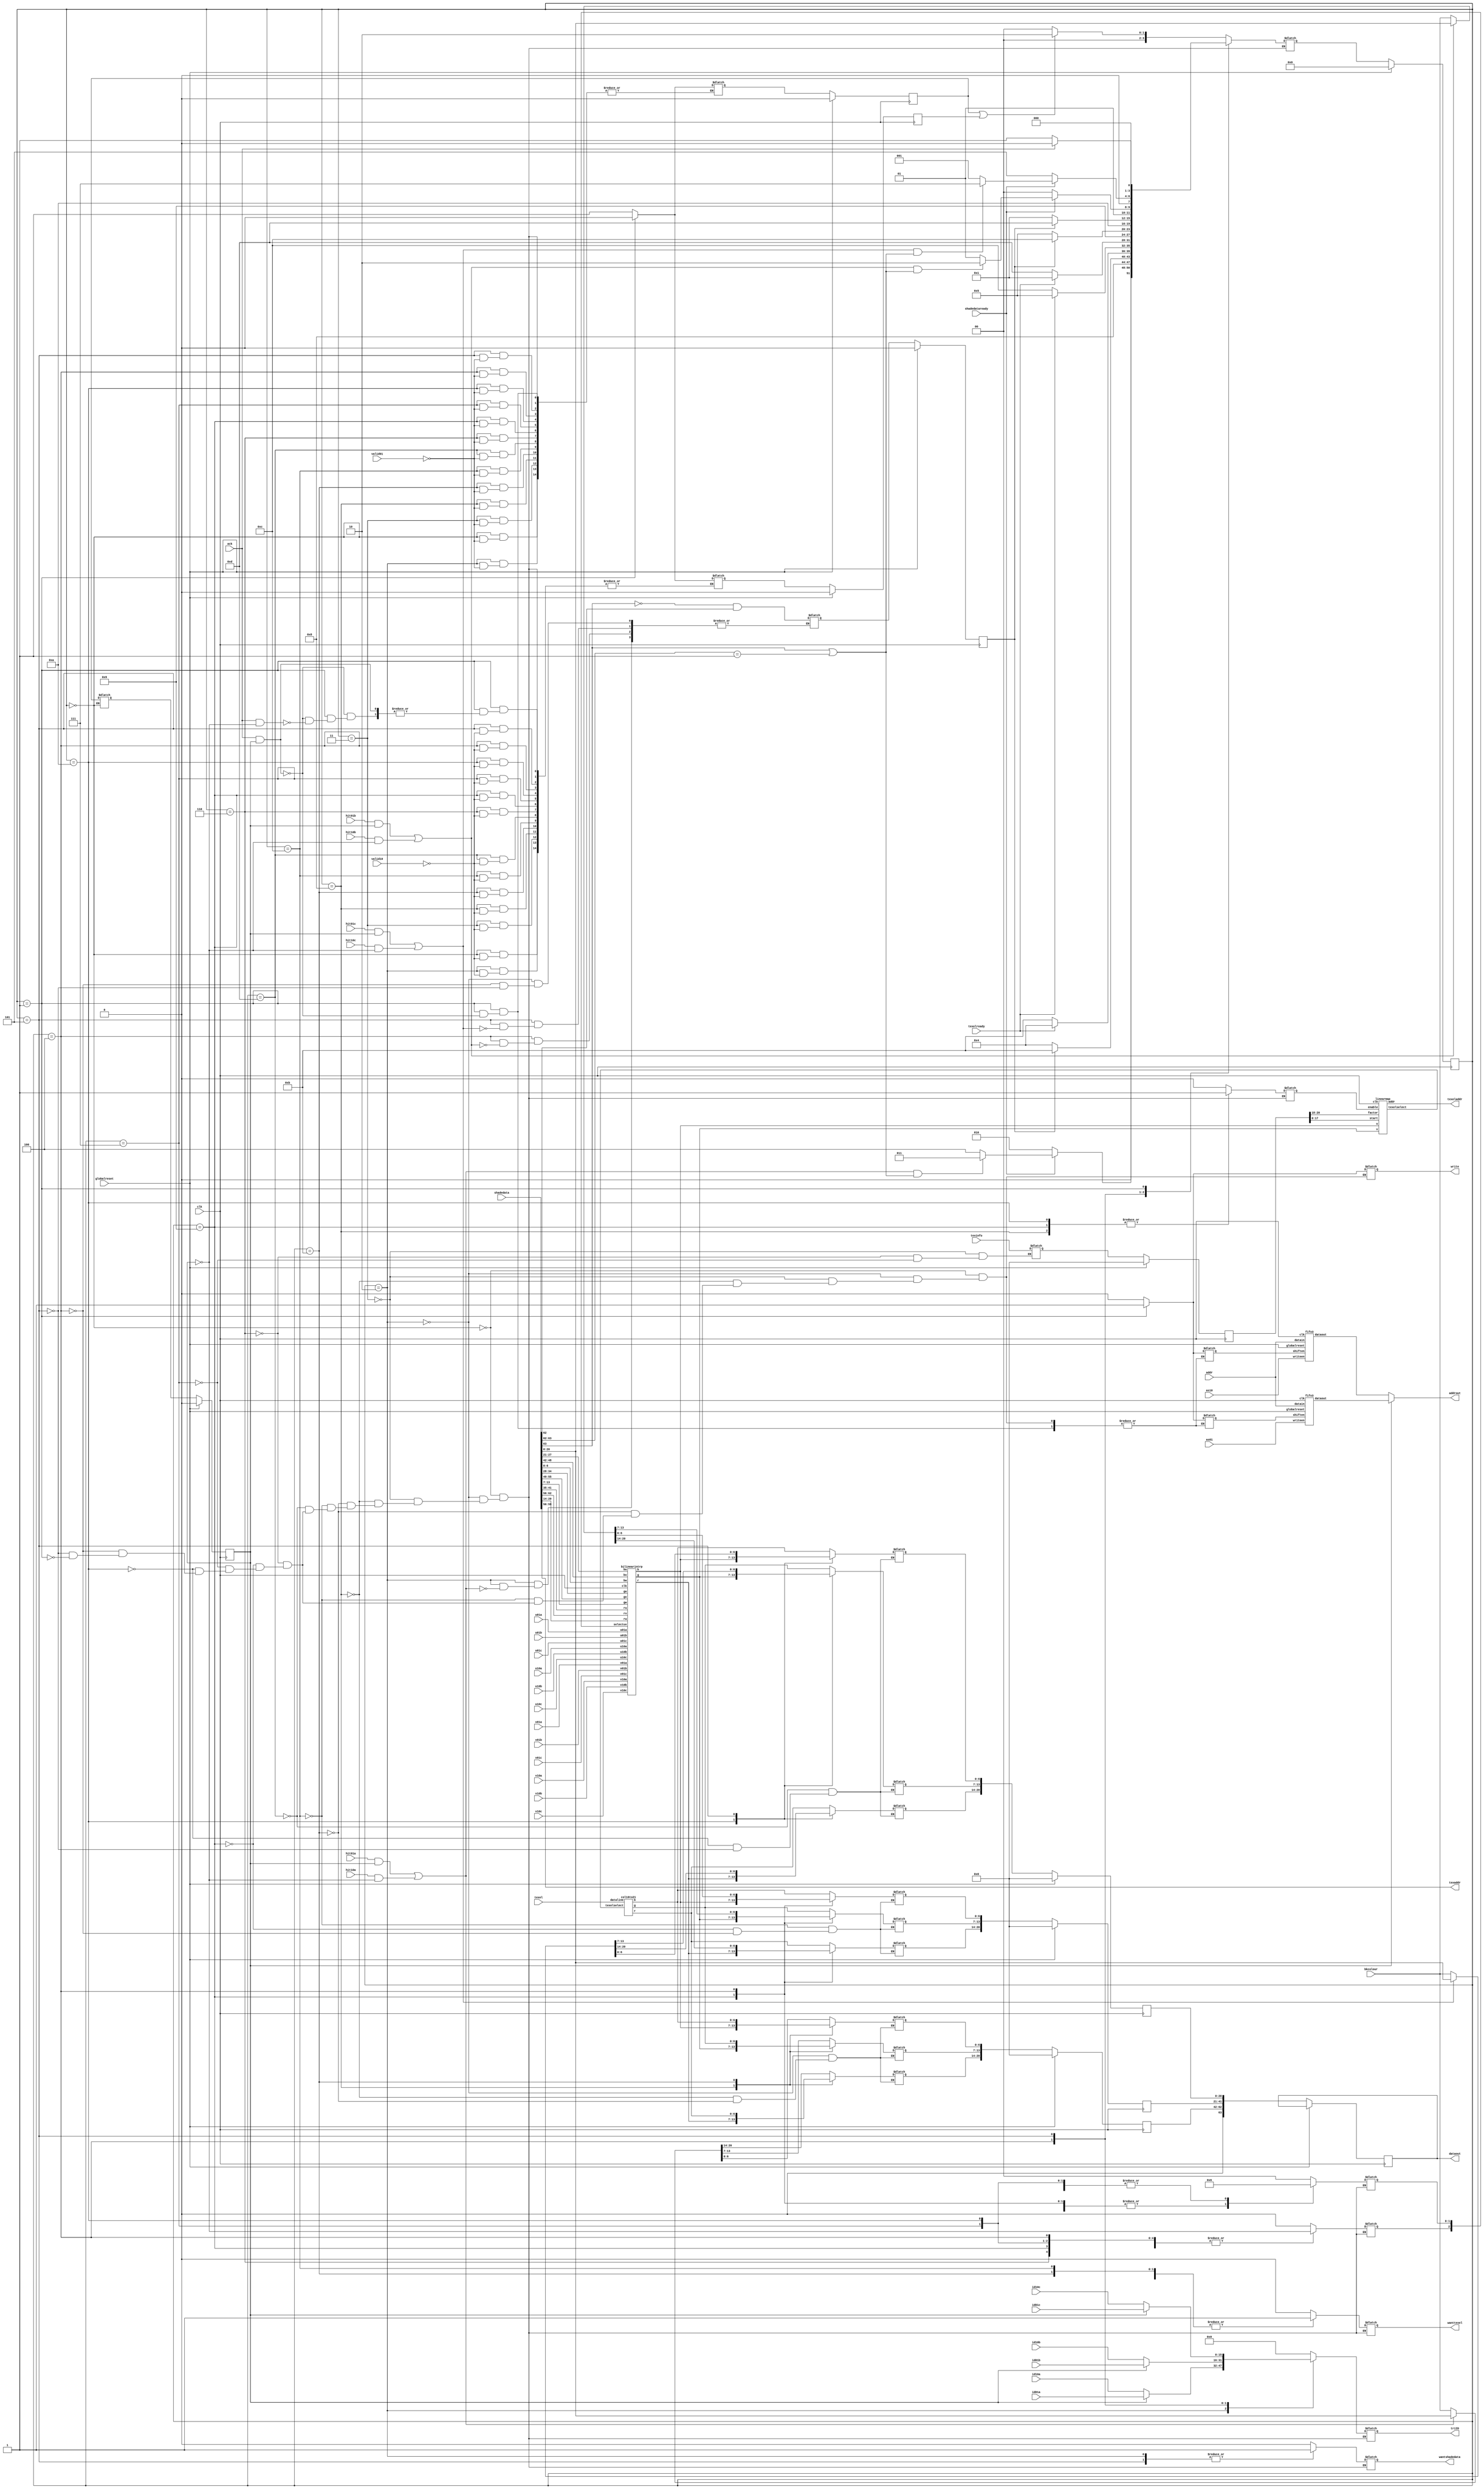
`define SIMULATION_MEMORY

 module resultwriter (valid01, valid10, id01a, id01b, id01c, id10a, id10b, id10c, hit01a, hit01b, hit01c, hit10a, hit10b, hit10c, u01a, u01b, u01c, v01a, v01b, v01c, u10a, u10b, u10c, v10a, v10b, v10c, addr, as01, as10, bkcolour, shadedata, triID, wantshadedata, shadedataready, texinfo, texaddr, texeladdr, texel, wanttexel, texelready, dataout, addrout, write, ack, globalreset, clk);

    input valid01; 
    input valid10; 
    input[15:0] id01a; 
    input[15:0] id01b; 
    input[15:0] id01c; 
    input[15:0] id10a; 
    input[15:0] id10b; 
    input[15:0] id10c; 

    input hit01a; 
    input hit01b; 
    input hit01c; 
    input hit10a; 
    input hit10b; 
    input hit10c; 
    input[7:0] u01a; 
    input[7:0] u01b; 
    input[7:0] u01c; 
    input[7:0] v01a; 
    input[7:0] v01b; 
    input[7:0] v01c; 

    input[7:0] u10a; 
    input[7:0] u10b; 
    input[7:0] u10c; 
    input[7:0] v10a; 
    input[7:0] v10b; 
    input[7:0] v10c; 
    input[17:0] addr; 
    input as01; 
    input as10; 
    input[20:0] bkcolour; 
    input[63:0] shadedata; 
    output[15:0] triID; 

    reg[15:0] triID;
    output wantshadedata; 
    reg wantshadedata;
    input shadedataready; 
    input[20:0] texinfo; 
    output[3:0] texaddr; 
    wire[3:0] texaddr;
    output[17:0] texeladdr; 
    wire[17:0] texeladdr;
    input[63:0] texel; 
    output wanttexel; 
    reg wanttexel;

    input texelready; 
    output[63:0] dataout; 
    // PAJ see lower note wire[63:0] dataout;
    reg[63:0] dataout;
    output[17:0] addrout; 
    wire[17:0] addrout;
    output write; 
    wire write;
    reg temp_write;
    input ack; 
    input globalreset; 
    input clk; 

    reg[3:0] state; 
    reg[3:0] next_state; 
    reg pending01; 
    reg pending10; 
    reg process01; 
    wire[17:0] addrout01; 
    wire[17:0] addrout10; 
    wire shiften01; 
    wire shiften10; 
    reg temp_shiften01; 
    reg temp_shiften10; 
    reg[20:0] shadedataa; 
    reg[20:0] shadedatab; 
    reg[20:0] shadedatac; 
    wire hita; 
    wire hitb; 
    wire hitc; 

    reg[2:0] selectuv; 
    wire[6:0] blr; 
    wire[6:0] blg; 
    wire[6:0] blb; 
    reg texmap; 
    reg lmenable; 
    wire[1:0] texelselect; 
    wire[6:0] texelr; 
    wire[6:0] texelg; 
    wire[6:0] texelb; 
    reg[20:0] texinfol; 

    reg temp_pending01; 
    reg temp_pending10; 
    reg temp_process01; 
    reg temp_texmap; 
    reg[20:0] temp_texinfol; 
    reg[20:0] temp_shadedataa; 
    reg[20:0] temp_shadedatab; 
    reg[20:0] temp_shadedatac; 

    col16to21 col16to21inst (texel, texelselect, texelr, texelg, texelb); 
    linearmap linearmapinst (blb, blg, texinfol[17:0], texeladdr, texelselect, texinfol[20:18], lmenable, clk); 
    bilinearintrp bilinearimp (u01a, u01b, u01c, v01a, v01b, v01c, u10a, u10b, u10c, v10a, v10b, v10c, selectuv, shadedata[41:35], shadedata[62:56], shadedata[20:14], shadedata[34:28], shadedata[55:49], shadedata[13:7], shadedata[27:21], shadedata[48:42], shadedata[6:0], blr, blg, blb, clk); 
    fifo3 fifo3insta (addr, as01, addrout01, shiften01, globalreset, clk); 
    fifo3 fifo3instb (addr, as10, addrout10, shiften10, globalreset, clk); 
    assign hita = (hit01a & process01) | (hit10a & ~process01) ;
    assign hitb = (hit01b & process01) | (hit10b & ~process01) ;
    assign hitc = (hit01c & process01) | (hit10c & ~process01) ;
    assign texaddr = shadedata[59:56] ;
    assign shiften01 = temp_shiften01;
    assign shiften10 = temp_shiften10;
    assign write = temp_write;


    always @(posedge clk)
    begin
       if (globalreset == 1'b1)
       begin
          state <= 0 ; 
          pending01 <= 1'b0 ; 
          pending10 <= 1'b0 ; 
          shadedataa <= 0;
          shadedatab <= 0;
          shadedatac <= 0;
          process01 <= 1'b0 ; 
          texmap <= 1'b0 ; 

          texinfol <= 0;
       end
       else
       begin
          state <= next_state ; 

process01 <= temp_process01;
pending01 <= temp_pending01;
pending10 <= temp_pending10;
texmap <= temp_texmap;
texinfol <= temp_texinfol;
shadedataa <= temp_shadedataa;
shadedatab <= temp_shadedatab;
shadedatac <= temp_shadedatac;

    dataout <= {1'b0, 
					shadedataa[20],
					shadedataa[19],
					shadedataa[18],
					shadedataa[17],
					shadedataa[16],
					shadedataa[15],
					shadedataa[14],
					shadedataa[13],
					shadedataa[12],
					shadedataa[11],
					shadedataa[10],
					shadedataa[9],
					shadedataa[8],
					shadedataa[7],
					shadedataa[6],
					shadedataa[5],
					shadedataa[4],
					shadedataa[3],
					shadedataa[2],
					shadedataa[1],
					shadedataa[0],
					shadedatab[20],
					shadedatab[19],
					shadedatab[18],
					shadedatab[17],
					shadedatab[16],
					shadedatab[15],
					shadedatab[14],
					shadedatab[13],
					shadedatab[12],
					shadedatab[11],
					shadedatab[10],
					shadedatab[9],
					shadedatab[8],
					shadedatab[7],
					shadedatab[6],
					shadedatab[5],
					shadedatab[4],
					shadedatab[3],
					shadedatab[2],
					shadedatab[1],
					shadedatab[0],
					shadedatac[20],
					shadedatac[19],
					shadedatac[18],
					shadedatac[17],
					shadedatac[16],
					shadedatac[15],
					shadedatac[14],
					shadedatac[13],
					shadedatac[12],
					shadedatac[11],
					shadedatac[10],
					shadedatac[9],
					shadedatac[8],
					shadedatac[7],
					shadedatac[6],
					shadedatac[5],
					shadedatac[4],
					shadedatac[3],
					shadedatac[2],
					shadedatac[1],
					shadedatac[0]} ;
       end 
//    end 
// PAJ used to be assign, but weird error, so added as register   assign dataout = {1'b0, 
    end 
    assign addrout = (process01 == 1'b1) ? addrout01 : addrout10 ;

    always @(state or process01 or pending10 or ack or shadedataready or id01a or 
             id01b or id01c or id10a or id10b or id10c or selectuv or hita or 
             hitb or hitc or shadedata or pending01 or texmap or texelready)
    begin
       case (state)
          0 :
                   begin
				       wantshadedata = 1'b0 ; 
   				       triID = 0;
				       selectuv = 0;
				       lmenable = 1'b0 ; 
				       wanttexel = 1'b0 ; 
                      if (pending01 == 1'b1 | pending10 == 1'b1)
                      begin
                         next_state = 2 ; 
                      end
                      else

                      begin
                         next_state = 0 ; 
                      end 
	          if (valid01 == 1'b1)
				          begin
				             temp_pending01 = 1'b1 ; 
				          end 
				          if (valid10 == 1'b1)
				          begin
				             temp_pending10 = 1'b1 ; 
				          end 
                         temp_process01 = pending01 ; 

							temp_shiften01 = 1'b0;
							temp_shiften10 = 1'b0;
					    	temp_write = 1'b0;
                   end
          2 :
                   begin
				       lmenable = 1'b0 ; 
				       wanttexel = 1'b0 ; 
                      wantshadedata = 1'b1 ; 
                      selectuv[2] = ~process01 ; 
                      selectuv[1:0] = 2'b00 ; 
                      if (process01 == 1'b1)
                      begin
                         triID = id01a ; 

                      end
                      else
                      begin
                         triID = id10a ; 
                      end 
                      if (shadedataready == 1'b1)
                      begin
                         if (hita == 1'b1 & ((shadedata[63]) == 1'b1 | shadedata[63:62] == 2'b01))
                         begin
                            next_state = 3 ; 
                         end
                         else

                         begin
                            next_state = 4 ; 
                         end 
                      end
                      else
                      begin
                         next_state = 2 ; 
                      end 

	          if (valid01 == 1'b1)
				          begin
				             temp_pending01 = 1'b1 ; 
				          end 
				          if (valid10 == 1'b1)
				          begin
				             temp_pending10 = 1'b1 ; 
				          end 

                         if (hita == 1'b1)
                         begin
                            temp_shadedataa = shadedata[20:0] ; 
                            temp_texmap = (~shadedata[63]) & shadedata[62] ; 
                         end
                         else
                         begin
                            temp_shadedataa = bkcolour ; 
                         end 

							temp_shiften01 = 1'b0;
							temp_shiften10 = 1'b0;
					    	temp_write = 1'b0;
                   end
          3 :
                   begin
				       wantshadedata = 1'b0 ; 
   				       triID = 0;
				       lmenable = 1'b0 ; 
				       wanttexel = 1'b0 ; 
                      selectuv[2] = ~process01 ; 

                      selectuv[1:0] = 2'b00 ; 
                      next_state = 8 ; 

	          if (valid01 == 1'b1)
				          begin
				             temp_pending01 = 1'b1 ; 
				          end 
				          if (valid10 == 1'b1)
				          begin
				             temp_pending10 = 1'b1 ; 
				          end 
                         temp_texinfol = texinfo ; 

							temp_shiften01 = 1'b0;
							temp_shiften10 = 1'b0;
					    	temp_write = 1'b0;

                   end
          8 :
                   begin
				       wantshadedata = 1'b0 ; 
   				       triID = 0;
				       wanttexel = 1'b0 ; 
                      selectuv[2] = ~process01 ; 
                      selectuv[1:0] = 2'b00 ; 
                      lmenable = 1'b1 ; 
                      if (texmap == 1'b1)
                      begin

                         next_state = 11 ; 
                      end
                      else
                      begin
                         next_state = 4 ; 
                      end 

	          if (valid01 == 1'b1)
				          begin
				             temp_pending01 = 1'b1 ; 
				          end 
				          if (valid10 == 1'b1)
				          begin
				             temp_pending10 = 1'b1 ; 
				          end 
                         temp_shadedataa[6:0] = blb ; 
                         temp_shadedataa[13:7] = blg ; 
                         temp_shadedataa[20:14] = blr ; 

							temp_shiften01 = 1'b0;
							temp_shiften10 = 1'b0;
					    	temp_write = 1'b0;
                   end
          11 :
                   begin
				       wantshadedata = 1'b0 ; 
   				       triID = 0;
				       selectuv = 0;
				       lmenable = 1'b0 ; 

                      wanttexel = 1'b1 ; 
                      if (texelready == 1'b1)
                      begin
                         next_state = 4 ; 
                      end
                      else
                      begin
                         next_state = 11 ; 
                      end 

	          if (valid01 == 1'b1)
				          begin
				             temp_pending01 = 1'b1 ; 
				          end 
				          if (valid10 == 1'b1)
				          begin
				             temp_pending10 = 1'b1 ; 
				          end 

                         temp_shadedataa[6:0] = texelb ; 
                         temp_shadedataa[13:7] = texelg ; 
                         temp_shadedataa[20:14] = texelr ; 

							temp_shiften01 = 1'b0;
							temp_shiften10 = 1'b0;
					    	temp_write = 1'b0;
                   end
          12 :
                   begin
				       wantshadedata = 1'b0 ; 
   				       triID = 0;
				       selectuv = 0;
				       lmenable = 1'b0 ; 

                      wanttexel = 1'b1 ; 
                      if (texelready == 1'b1)
                      begin
                         next_state = 5 ; 
                      end
                      else
                      begin
                         next_state = 12 ; 
                      end 

	          if (valid01 == 1'b1)
				          begin
				             temp_pending01 = 1'b1 ; 
				          end 
				          if (valid10 == 1'b1)
				          begin
				             temp_pending10 = 1'b1 ; 
				          end 
                         temp_shadedatab[6:0] = texelb ; 
                         temp_shadedatab[13:7] = texelg ; 
                         temp_shadedatab[20:14] = texelr ; 

							temp_shiften01 = 1'b0;
							temp_shiften10 = 1'b0;
					    	temp_write = 1'b0;
                   end
          13 :
                   begin
				       wantshadedata = 1'b0 ; 
   				       triID = 0;
				       selectuv = 0;
				       lmenable = 1'b0 ; 

                      wanttexel = 1'b1 ; 
                      if (texelready == 1'b1)
                      begin
                         next_state = 1 ; 
                      end
                      else
                      begin
                         next_state = 13 ; 
                      end 

	          if (valid01 == 1'b1)
				          begin
				             temp_pending01 = 1'b1 ; 
				          end 
				          if (valid10 == 1'b1)
				          begin
				             temp_pending10 = 1'b1 ; 
				          end 

                         temp_shadedatac[6:0] = texelb ; 
                         temp_shadedatac[13:7] = texelg ; 
                         temp_shadedatac[20:14] = texelr ; 

                   end
          6 :
                   begin
				       wantshadedata = 1'b0 ; 
   				       triID = 0;
				       lmenable = 1'b0 ; 
				       wanttexel = 1'b0 ; 

                      selectuv[2] = ~process01 ; 
                      selectuv[1:0] = 2'b01 ; 
                      next_state = 9 ; 

	          if (valid01 == 1'b1)
				          begin
				             temp_pending01 = 1'b1 ; 
				          end 
				          if (valid10 == 1'b1)
				          begin
				             temp_pending10 = 1'b1 ; 
				          end 
                         temp_texinfol = texinfo ; 

							temp_shiften01 = 1'b0;
							temp_shiften10 = 1'b0;
					    	temp_write = 1'b0;
                   end
          9 :
                   begin
				       wantshadedata = 1'b0 ; 
   				       triID = 0;
				       wanttexel = 1'b0 ; 
                      selectuv[2] = ~process01 ; 
                      selectuv[1:0] = 2'b01 ; 
                      lmenable = 1'b1 ; 
                      if (texmap == 1'b1)
                      begin
                         next_state = 12 ; 

                      end
                      else
                      begin
                         next_state = 5 ; 
                      end 

	          if (valid01 == 1'b1)
				          begin
				             temp_pending01 = 1'b1 ; 
				          end 
				          if (valid10 == 1'b1)
				          begin
				             temp_pending10 = 1'b1 ; 
				          end 

                         temp_shadedatab[6:0] = blb ; 
                         temp_shadedatab[13:7] = blg ; 
                         temp_shadedatab[20:14] = blr ; 

							temp_shiften01 = 1'b0;
							temp_shiften10 = 1'b0;
					    	temp_write = 1'b0;
                   end
          7 :
                   begin
				       wantshadedata = 1'b0 ; 
   				       triID = 0;
				       lmenable = 1'b0 ; 
				       wanttexel = 1'b0 ; 
                      selectuv[2] = ~process01 ; 
                      selectuv[1:0] = 2'b10 ; 
                      next_state = 10 ; 

	          if (valid01 == 1'b1)
				          begin
				             temp_pending01 = 1'b1 ; 
				          end 
				          if (valid10 == 1'b1)
				          begin
				             temp_pending10 = 1'b1 ; 
				          end 
                         temp_texinfol = texinfo ; 

							temp_shiften01 = 1'b0;
							temp_shiften10 = 1'b0;
					    	temp_write = 1'b0;
                   end

          10 :
                   begin
				       wantshadedata = 1'b0 ; 
   				       triID = 0;
				       wanttexel = 1'b0 ; 
                      selectuv[2] = ~process01 ; 
                      selectuv[1:0] = 2'b10 ; 
                      if (texmap == 1'b1)
                      begin
                         next_state = 13 ; 
                      end
                      else
                      begin
                         next_state = 1 ; 
                      end 

                      lmenable = 1'b1 ; 

	          if (valid01 == 1'b1)
				          begin
				             temp_pending01 = 1'b1 ; 
				          end 
				          if (valid10 == 1'b1)
				          begin
				             temp_pending10 = 1'b1 ; 
				          end 
                         temp_shadedatac[6:0] = blb ; 
                         temp_shadedatac[13:7] = blg ; 
                         temp_shadedatac[20:14] = blr ; 

							temp_shiften01 = 1'b0;
							temp_shiften10 = 1'b0;
					    	temp_write = 1'b0;
                   end
          4 :
                   begin
				       wantshadedata = 1'b0 ; 
				       lmenable = 1'b0 ; 
				       wanttexel = 1'b0 ; 
                      selectuv[2] = ~process01 ; 
                      selectuv[1:0] = 2'b01 ; 
                      if (process01 == 1'b1)
                      begin
                         triID = id01b ; 
                      end
                      else
                      begin

                         triID = id10b ; 
                      end 
                      if (shadedataready == 1'b1)
                      begin
                         if (hitb == 1'b1 & ((shadedata[63]) == 1'b1 | shadedata[63:62] == 2'b01))
                         begin
                            next_state = 6 ; 
                         end
                         else
                         begin
                            next_state = 5 ; 
                         end 

                      end
                      else
                      begin
                         next_state = 4 ; 
                      end 

	          if (valid01 == 1'b1)
				          begin
				             temp_pending01 = 1'b1 ; 
				          end 
				          if (valid10 == 1'b1)
				          begin
				             temp_pending10 = 1'b1 ; 
				          end 

                         if (hitb == 1'b1)
                         begin
                            temp_shadedatab = shadedata[20:0] ; 
                            temp_texmap = (~shadedata[63]) & shadedata[62] ; 
                         end
                         else
                         begin
                            temp_shadedatab = bkcolour ; 
                         end 

							temp_shiften01 = 1'b0;
							temp_shiften10 = 1'b0;
					    	temp_write = 1'b0;
                   end
          5 :
                   begin
				       lmenable = 1'b0 ; 
				       wanttexel = 1'b0 ; 
                      wantshadedata = 1'b1 ; 
                      selectuv[2] = ~process01 ; 
                      selectuv[1:0] = 2'b10 ; 
                      if (process01 == 1'b1)

                      begin
                         triID = id01c ; 
                      end
                      else
                      begin
                         triID = id10c ; 
                      end 
                      if (shadedataready == 1'b1)
                      begin
                         if (hitc == 1'b1 & ((shadedata[63]) == 1'b1 | shadedata[63:62] == 2'b01))
                         begin
                            next_state = 7 ; 

                         end
                         else
                         begin
                            next_state = 1 ; 
                         end 
                      end
                      else
                      begin
                         next_state = 5 ; 
                      end 

	          if (valid01 == 1'b1)
				          begin
				             temp_pending01 = 1'b1 ; 
				          end 
				          if (valid10 == 1'b1)
				          begin
				             temp_pending10 = 1'b1 ; 
				          end 

                         if (hitc == 1'b1)
                          begin
                            temp_shadedatac = shadedata[20:0] ; 
                            temp_texmap = (~shadedata[63]) & shadedata[62] ; 
                         end
                         else
                         begin
                            temp_shadedatac = bkcolour ; 
                         end 

							temp_shiften01 = 1'b0;
							temp_shiften10 = 1'b0;
					    	temp_write = 1'b0;
                   end
          1 :

                   begin
				       wantshadedata = 1'b0 ; 
   				       triID = 0;
				       selectuv = 0;
				       lmenable = 1'b0 ; 
				       wanttexel = 1'b0 ; 
                      if (ack == 1'b1)
                      begin
                         next_state = 0 ; 
                      end
                      else
                      begin
                         next_state = 1 ; 
                      end 

                         if (ack == 1'b1 & process01 == 1'b1)
                         begin
                            temp_pending01 = 1'b0 ; 
                         end

                          else if (ack == 1'b1 & process01 == 1'b0)
                         begin
                            temp_pending10 = 1'b0 ; 
                         end 

    				if (process01 == 1'b1 &  ack == 1'b1)
						begin
							temp_shiften01 = 1'b1;
							temp_shiften10 = 1'b1;
						end
					    temp_write = 1'b1;
                   end
       endcase 
    end 
 endmodule
module fifo3 (datain, writeen, dataout, shiften, globalreset, clk);

    input[18 - 1:0] datain; 
    input writeen; 
    output[18 - 1:0] dataout; 
    wire[18 - 1:0] dataout;
    input shiften; 
    input globalreset; 
    input clk; 

    reg[18 - 1:0] data0; 
    reg[18 - 1:0] data1; 
    reg[18 - 1:0] data2; 

    reg[1:0] pos; 

    assign dataout = data0 ;

    always @(posedge clk)
    begin
       if (globalreset == 1'b1)
       begin
          pos <= 2'b00 ; 
          data0 <= 0 ; 
          data1 <= 0 ; 
          data2 <= 0 ; 
       end
       else
       begin
          if (writeen == 1'b1 & shiften == 1'b1)
          begin
             case (pos)
                2'b00 :
                         begin
                            data0 <= 0 ; 
                            data1 <= 0 ; 
                            data2 <= 0 ; 
                         end

                2'b01 :
                         begin
                            data0 <= datain ; 
                            data1 <= 0 ; 
                            data2 <= 0 ; 
                         end
                2'b10 :
                         begin
                            data0 <= data1 ; 
                            data1 <= datain ; 
                            data2 <= 0 ; 
                         end

                2'b11 :
                         begin
                            data0 <= data1 ; 
                            data1 <= data2 ; 
                            data2 <= datain ; 
                         end
             endcase 
          end
          else if (shiften == 1'b1)
          begin
             data0 <= data1 ; 
             data1 <= data2 ; 
             pos <= pos - 1 ; 
          end
          else if (writeen == 1'b1)
          begin
             case (pos)
                2'b00 :
                         begin
                            data0 <= datain ; 
                         end
                2'b01 :
    					begin
                            data1 <= datain ; 
                         end
                2'b10 :
                         begin
                            data2 <= datain ; 
                         end
             endcase 
             pos <= pos + 1 ; 
          end 
       end 
    end 
 endmodule
     module bilinearintrp (u01a, u01b, u01c, v01a, v01b, v01c, u10a, u10b, u10c, v10a, v10b, v10c, selectuv, ru, rv, rw, gu, gv, gw, bu, bv, bw, r, g, b, clk);

        input[7:0] u01a; 
        input[7:0] u01b; 
        input[7:0] u01c; 
        input[7:0] v01a; 
        input[7:0] v01b; 
        input[7:0] v01c; 
        input[7:0] u10a; 
        input[7:0] u10b; 
        input[7:0] u10c; 
        input[7:0] v10a; 
        input[7:0] v10b; 
        input[7:0] v10c; 
        input[2:0] selectuv; 
        input[6:0] ru; 
        input[6:0] rv; 
        input[6:0] rw; 
        input[6:0] gu; 
        input[6:0] gv; 
        input[6:0] gw; 
        input[6:0] bu; 
        input[6:0] bv; 
        input[6:0] bw; 
        output[6:0] r; 
        wire[6:0] r;
        output[6:0] g; 
        wire[6:0] g;
        output[6:0] b; 
        wire[6:0] b;
        input clk; 

        reg[7:0] u; 
        reg[7:0] v; 
        reg[7:0] ul; 
        reg[7:0] vl; 
        reg[7:0] wl; 
        reg[14:0] i1b; 
        reg[14:0] i2b; 
        reg[14:0] i3b; 
        reg[14:0] i1g; 
        reg[14:0] i2g; 
        reg[14:0] i3g; 
        reg[14:0] i1r; 
        reg[14:0] i2r; 
        reg[14:0] i3r; 
        reg[6:0] rul; 
        reg[6:0] rvl; 
        reg[6:0] rwl; 
        reg[6:0] gul; 
        reg[6:0] gvl; 
        reg[6:0] gwl; 
        reg[6:0] bul; 
        reg[6:0] bvl; 
        reg[6:0] bwl; 

        always @(selectuv or u01a or u01b or u01c or v01a or v01b or v01c or u10a or 
                 u10b or u10c or v10a or v10b or v10c)
        begin
           case (selectuv)
              3'b000 :
                       begin
                          u = u01a ; 
                          v = v01a ; 
                       end
              3'b001 :
                       begin
                          u = u01b ; 
						 v = v01b ; 
                       end
              3'b010 :
                       begin
                          u = u01c ; 
                          v = v01c ; 
                       end
              3'b100 :
                       begin
                          u = u10a ; 
                          v = v10a ; 
                       end
              3'b101 :
                       begin
                          u = u10b ; 
                          v = v10b ; 
                       end
              3'b110 :
                       begin
                          u = u10c ; 
                          v = v10c ; 
                       end
              default :
                       begin
                          u = 0;
                          v = 0;
                       end
           endcase 
        end 

        always @(posedge clk)
        begin
           wl <= 8'b11111111 - u - v ; 
           ul <= u ; 
           vl <= v ; 
           rul <= ru ; 
           rvl <= rv ; 
           rwl <= rw ; 
           gul <= gu ; 
           gvl <= gv ; 
           gwl <= gw ; 
           bul <= bu ; 
           bvl <= bv ; 
           bwl <= bw ; 
           i1r <= ul * rul ; 
           i2r <= vl * rvl ; 
           i3r <= wl * rwl ; 
           i1g <= ul * gul ; 
           i2g <= vl * gvl ; 
           i3g <= wl * gwl ; 
           i1b <= ul * bul ; 
           i2b <= vl * bvl ; 
           i3b <= wl * bwl ;  
        end 
        assign r = (i1r + i2r + i3r) ;
        assign g = (i1g + i2g + i3g) ;
        assign b = (i1b + i2b + i3b) ;
     endmodule
 module linearmap (u, v, start, addr, texelselect, factor, enable, clk);

    input[6:0] u; 
    input[6:0] v; 
    input[17:0] start; 
    output[17:0] addr; 
    reg[17:0] addr;
    output[1:0] texelselect; 
    wire[1:0] texelselect;

    input[2:0] factor; 
    input enable; 
    input clk; 

    reg[6:0] ul; 
    reg[6:0] vl; 

    assign texelselect = ul[1:0] ;

    always @(posedge clk)
    begin
       if (enable == 1'b1)
       begin
          ul <= u ; 
          vl <= v ; 
       end 
       else
       begin
          ul <= ul ; 
          vl <= vl ; 
       end 
       case (factor)
          3'b000 :
                   begin
                      addr <= start + ({13'b0000000000000, ul[6:2]}) + ({11'b00000000000, vl}) ; 
                   end
          3'b001 :
                   begin
                      addr <= start + ({13'b0000000000000, ul[6:2]}) + ({10'b0000000000, vl, 1'b0}) ; 

                   end
          3'b010 :
                   begin
                      addr <= start + ({13'b0000000000000, ul[6:2]}) + ({9'b000000000, vl, 2'b00}) ; 
                   end
          3'b011 :
                   begin
                      addr <= start + ({13'b0000000000000, ul[6:2]}) + ({8'b00000000, vl, 3'b000}) ; 
                   end
          3'b100 :
                   begin
                      addr <= start + ({13'b0000000000000, ul[6:2]}) + ({7'b0000000, vl, 4'b0000}) ; 

                   end
          3'b101 :
                   begin
                      addr <= start + ({13'b0000000000000, ul[6:2]}) + ({6'b000000, vl, 5'b00000}) ; 
                   end
          3'b110 :
                   begin
                      addr <= start + ({13'b0000000000000, ul[6:2]}) + ({5'b00000, vl, 6'b000000}) ; 
                   end
          3'b111 :
                   begin
                      addr <= start + ({13'b0000000000000, ul[6:2]}) + ({4'b0000, vl, 7'b0000000}) ; 

                   end
       endcase  
    end 
 endmodule
 module col16to21 (dataline, texelselect, r, g, b);

    input[63:0] dataline; 
    input[1:0] texelselect; 
    output[6:0] r; 
    wire[6:0] r;
    output[6:0] g; 
    wire[6:0] g;
    output[6:0] b; 
    wire[6:0] b;

    reg[15:0] col16; 

    always @(dataline or texelselect)
    begin
       case (texelselect)
          2'b00 :
                   begin
                      col16 = dataline[15:0] ; 
                   end
          2'b01 :
                   begin
                      col16 = dataline[31:16] ; 
                   end
          2'b10 :
                   begin
                      col16 = dataline[47:32] ; 
                   end
          2'b11 :
                   begin
                      col16 = dataline[63:48] ; 
                   end
       endcase 
    end 
    assign r = {col16[15:10], 1'b0} ;
    assign g = {col16[9:5], 2'b00} ;
    assign b = {col16[4:0], 2'b00} ;
 endmodule